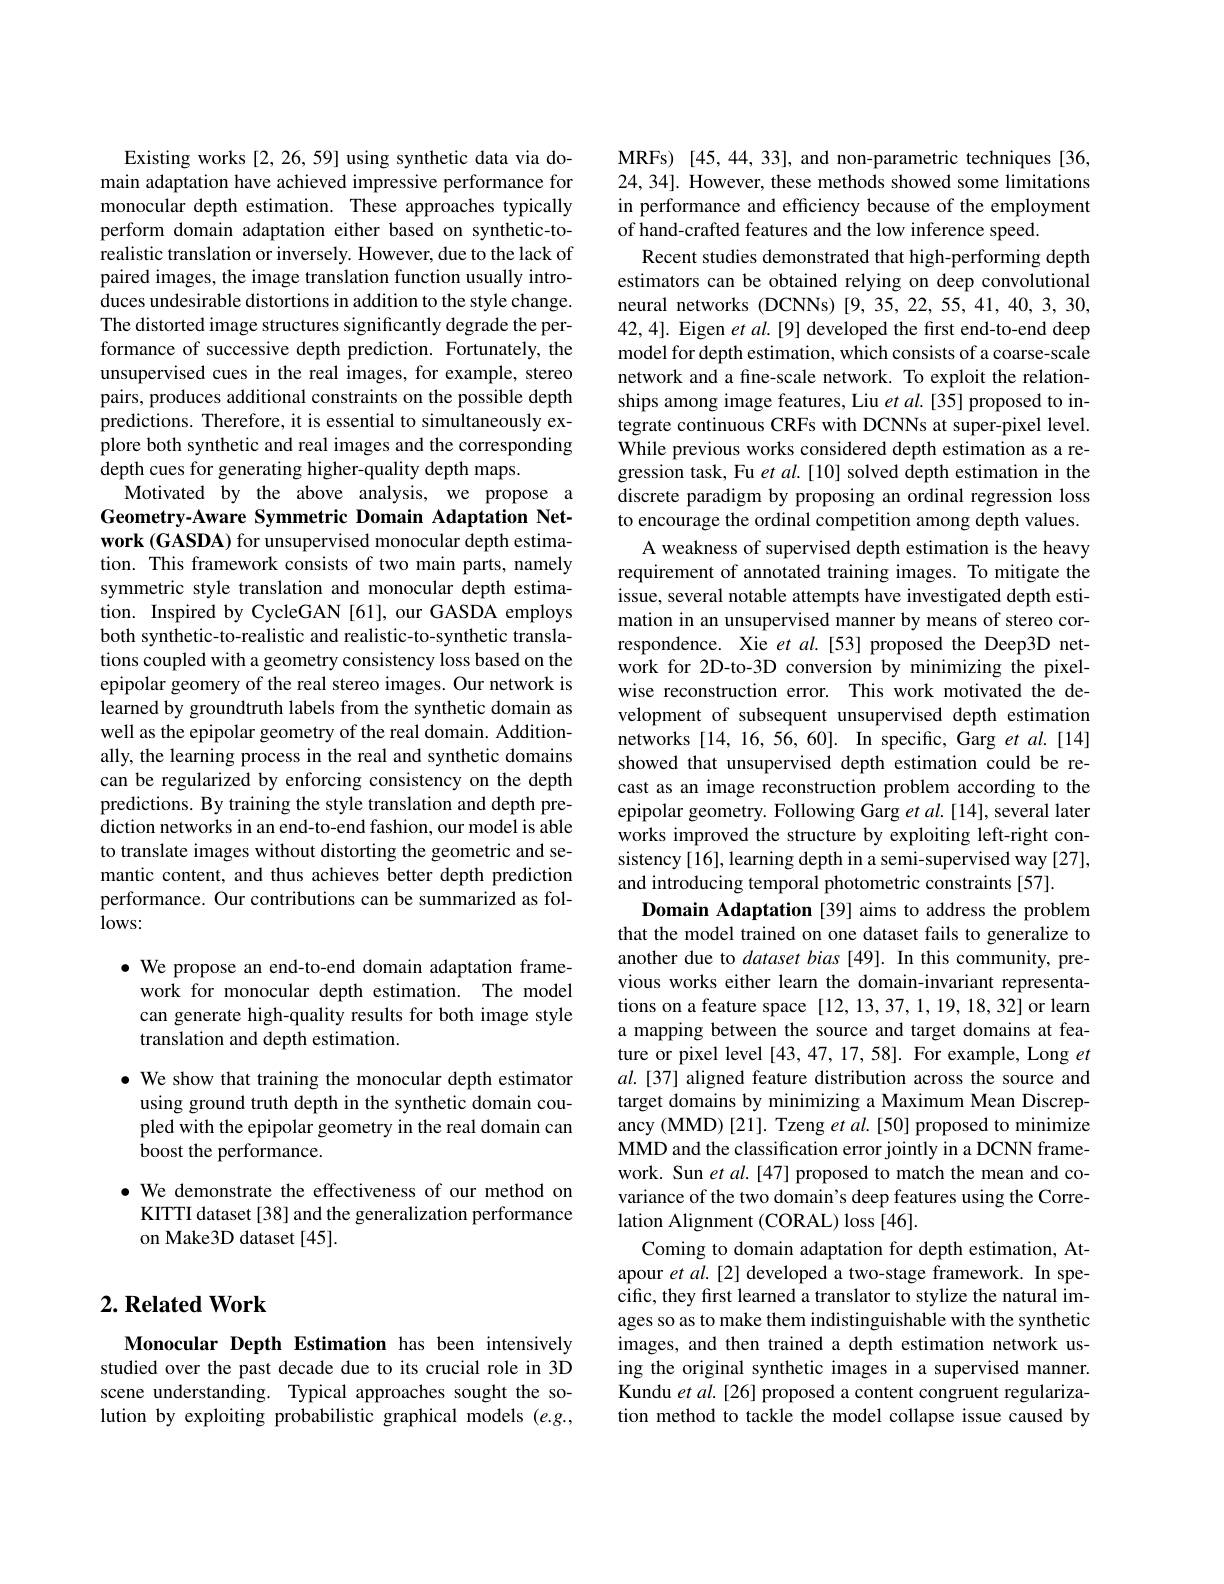
Existing works [2, 26, 59] using synthetic data via domain adaptation have achieved impressive performance for monocular depth estimation. These approaches typically perform domain adaptation either based on synthetic-torealistic translation or inversely. However, due to the lack of paired images, the image translation function usually introduces undesirable distortions in addition to the style change. The distorted image structures significantly degrade the performance of successive depth prediction. Fortunately, the unsupervised cues in the real images, for example, stereo pairs, produces additional constraints on the possible depth predictions. Therefore, it is essential to simultaneously explore both synthetic and real images and the corresponding depth cues for generating higher-quality depth maps.
Motivated by the above analysis, we propose a Geometry-Aware Symmetric Domain Adaptation Network $(\mathbf{GASDA})$ for unsupervised monocular depth estimation. This framework consists of two main parts, namely symmetric style translation and monocular depth estimation. Inspired by CycleGAN [61], our GASDA employs both synthetic-to-realistic and realistic-to-synthetic translations coupled with a geometry consistency loss based on the epipolar geomery of the real stereo images. Our network is learned by groundtruth labels from the synthetic domain as well as the epipolar geometry of the real domain. Additionally, the learning process in the real and synthetic domains can be regularized by enforcing consistency on the depth predictions. By training the style translation and depth prediction networks in an end-to-end fashion, our model is able to translate images without distorting the geometric and semantic content, and thus achieves better depth prediction performance. Our contributions can be summarized as fol- $lows:$

$\bullet$ We propose an end-to-end domain adaptation frame-
work for monocular depth estimation. The model can generate high-quality results for both image style translation and depth estimation.

$\bullet$ We show that training the monocular depth estimator using ground truth depth in the synthetic domain coupled with the epipolar geometry in the real domain can boost the performance.
$\bullet$ We demonstrate the effectiveness of our method on
KITTI dataset [38] and the generalization performance
on Make3D dataset [45].

## $2. \textbf{ Related Work}$

Monocular Depth Estimation has been intensively studied over the past decade due to its crucial role in 3D scene understanding. Typical approaches sought the solution by exploiting probabilistic graphical models $(e.g.$,

MRFs) [45,44,33], and non-parametric techniques [36, 24,34]. However, these methods showed some limitations in performance and efficiency because of the employment of hand-crafted features and the low inference speed.
Recent studies demonstrated that high-performing depth estimators can be obtained relying on deep convolutional neural networks (DCNNs) [9,35,22,55,41,40,3,30, 42,4]. Eigen et al.[9] developed the first end-to-end deep model for depth estimation, which consists of a coarse-scale network and a fine-scale network. To exploit the relationships among image features, Liu et al.[35] proposed to integrate continuous CRFs with DCNNs at super-pixel level. While previous works considered depth estimation as a regression task, Fu et al.[10] solved depth estimation in the discrete paradigm by proposing an ordinal regression loss to encourage the ordinal competition among depth values.
A weakness of supervised depth estimation is the heavy requirement of annotated training images. To mitigate the issue, several notable attempts have investigated depth estimation in an unsupervised manner by means of stereo correspondence. Xie et al.[53] proposed the Deep3D network for 2D-to-3D conversion by minimizing the pixelwise reconstruction error. This work motivated the development of subsequent unsupervised depth estimation networks [14, 16, 56, 60]. In specific, Garg et al.[14] showed that unsupervised depth estimation could be recast as an image reconstruction problem according to the epipolar geometry. Following Garg $et\textit{al. [ 14] , several later}$ works improved the structure by exploiting left-right consistency [16], learning depth in a semi-supervised way [27], and introducing temporal photometric constraints [57].
Domain Adaptation [39] aims to address the problem that the model trained on one dataset fails to generalize to another due to dataset bias [49]. In this community, previous works either learn the domain-invariant representations on a feature space [12, 13, 37, 1, 19, 18, 32] or learn a mapping between the source and target domains at feature or pixel level [43,47,17,58]. For example, Long $et$ $al.[37]$ aligned feature distribution across the source and target domains by minimizing a Maximum Mean Discrepancy (MMD) [21]. Tzeng et al.[50] proposed to minimize MMD and the classification error jointly in a DCNN framework. Sun et $al.[47]$ proposed to match the mean and covariance of the two domain's deep features using the Correlation Alignment (CORAL) loss [46].
Coming to domain adaptation for depth estimation, Atapour et al.[2] developed a two-stage framework. In specific, they first learned a translator to stylize the natural images so as to make them indistinguishable with the synthetic images, and then trained a depth estimation network using the original synthetic images in a supervised manner. Kundu et al.[26] proposed a content congruent regularization method to tackle the model collapse issue caused by